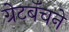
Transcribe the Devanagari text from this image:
ग्रेटबॅचने